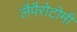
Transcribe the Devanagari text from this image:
लैपैरोटोमी